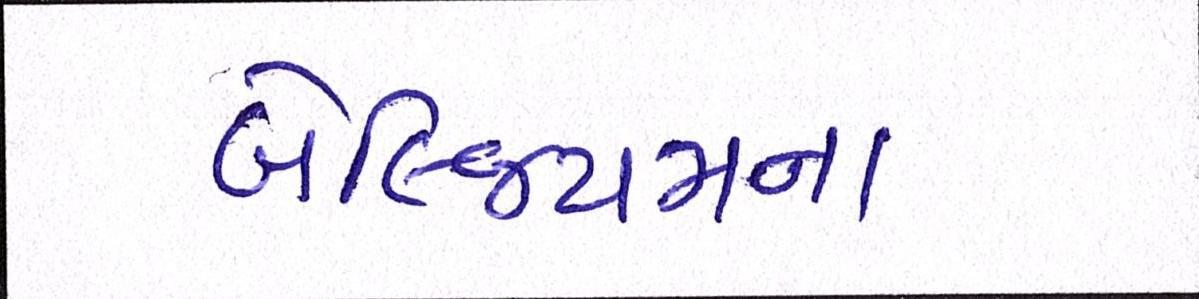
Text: બેલ્જિયમના